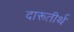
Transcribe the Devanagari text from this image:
दारूतीर्थ